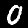
Label: 0